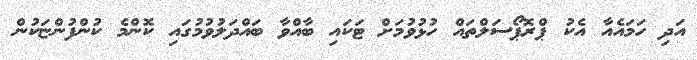
އަދި ހަމައެއާ އެކު ޕްރޮޕޯސަލްތައް ހުޅުވުމަށް ޓަކައި ބާއްވާ ބައްދަލުވުމުގައި ކޮންމެ ކުންފުންޏަކުން